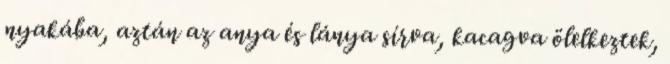
nyakába, aztán az anya és lánya sírva, kacagva ölelkeztek,